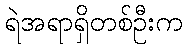
ရဲအရာရှိတစ်ဦးက